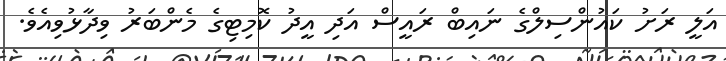
އަލީ ރަށު ކައުންސިލްގެ ނައިބް ރައީސް އަދި އީދު ކޮމިޓިގެ މެންބަރު ވިދާޅުވިއެވެ.